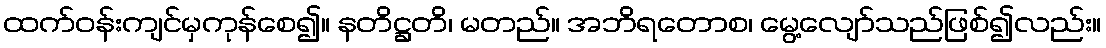
ထက်ဝန်းကျင်မှကုန်စေ၍။ နတိဋ္ဌတိ၊ မတည်။ အဘိရတောစ၊ မွေ့လျော်သည်ဖြစ်၍လည်း။